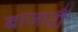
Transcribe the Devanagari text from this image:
बाजारौं